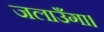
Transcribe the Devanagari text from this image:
जलाउँगा।